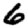
Digit: 6